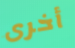
أخرى